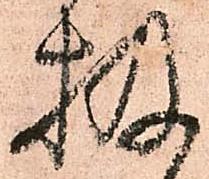
扱